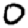
Digit: 0